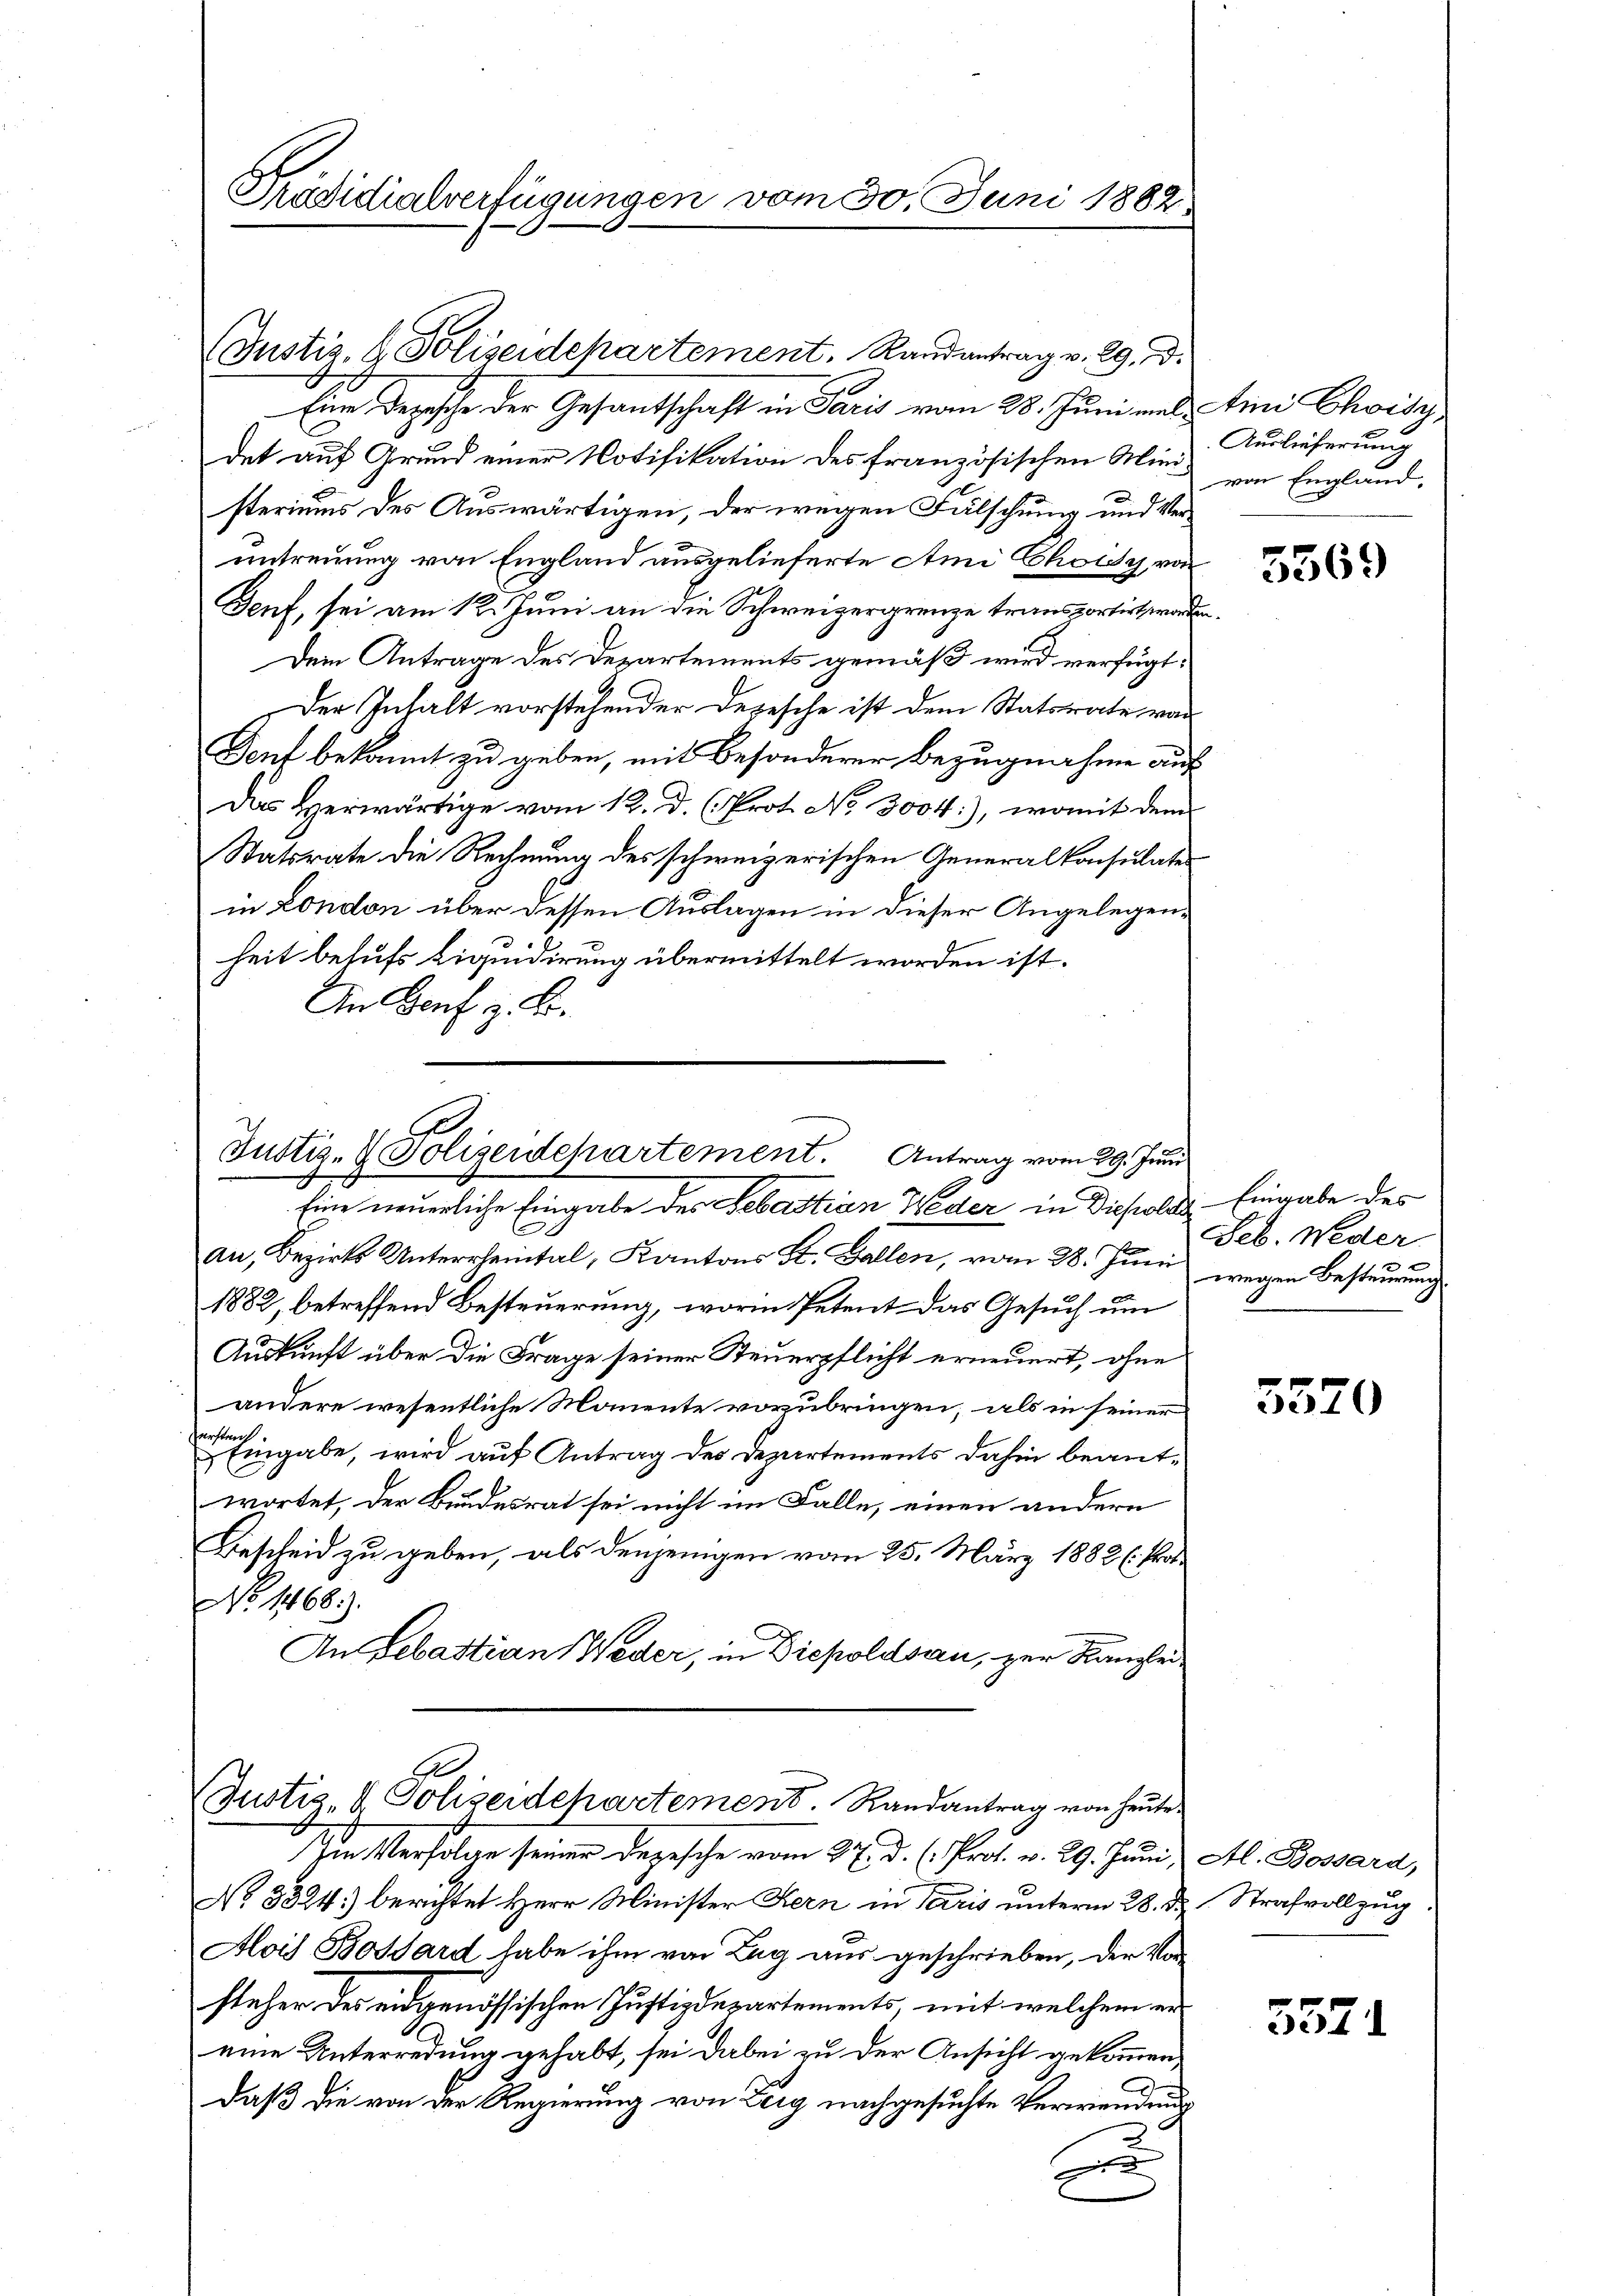
Präsidialverfügungen vom 30. Juni 1882

(Justiz- & Polizeidepartement, Randantrag v. 29. Di

Eine Depesche der Gesantschaft in Paris vom 28. Juni mal Amni Chois
det auf Grund einer Notifikation des französischen Mini Auslieferung
steriums des Auswärtigen, der wegen Fälschung und Verantreuung von England ausgelieferte Ami Choisy, von
Genf, sei am 12. Juni an die Schweizergrenze transportirt worden.
Dein Antrage des Departements gemäß wird verfügt,
Der Inhalt vorstehender Depesche ist dem Statstrate von
Dorf bekannt zu geben, mit besonderer Bezugnahme auf
Das Herwärtige vom 12. d. (Prot. No 3004:), womit dem
Statsrate die Rechnung des schweizerischen Generalkonsulates
in London über dessen Auslagen in dieser Angelegenheit behufs Liquidirung übermittelt worden ist.
An Genf z. B.

an, Bezirks Unterrheintal, Kantons St. Gallen, vom 28. Juni
1882, betreffend Besteuerung, worin Petent das Gesuch um
Auskunft über die Frage seiner Steuerpflicht erneuert, ohne
andere wesentliche Mouente vorzubringen, als in seiner
 Eingabe, wird auf Antrag des Departements dahin beantwortet, der Bundesrat sei nicht im Falle, einen andern
Bescheid zu geben, als denjenigen vom 25. März 1882 (Pro¬
No 1468).
An Sebastian Weder, in Diepoldsau, zur Kanzlei¬

Im Verfolge seiner Depesche vom 27. d. (Prot. v. 29. Juni, Al. Bossard,
No 3324) berichtet Herr Minister Kern in Paris unterm 28. d. Strafvollzug
Alois Bossard habe ihm von Lag aus geschrieben, der Vorsteher des eidgenössischen Justizdepartements, mit welchem ereine Unterredung gehabt, sei dabei zu der Ansicht gekommen,
daß die von der Regierung von Zerg nachgesuchte Verwendung
A

Justiz- & Polizeidepartement. Antrag vom 29. Juni
Eine neuerliche Eingabe des Sebastian Weder in Diepolds Eingabe des

e
Justiz- & Polizeidchartement. Randantrag von heute

von England,

5569

Feb. Weder
wegen Besteurung

5570

5571